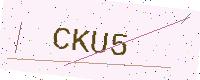
Text: CKU5